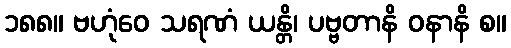
၁၈၈။ ဗဟုံဝေ သရဏံ ယန္တိ၊ ပဗ္ဗတာနိ ဝနာနိ စ။